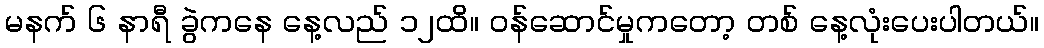
မနက် ၆ နာရီ ခွဲကနေ နေ့လည် ၁၂ထိ။ ဝန်ဆောင်မှုကတော့ တစ် နေ့လုံးပေးပါတယ်။